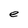
Character: e